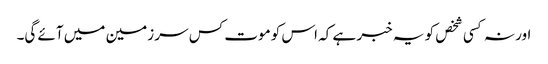
اور نہ کسی شخص کو یہ خبر ہے کہ اس کو موت کس سر زمین میں آئے گی۔